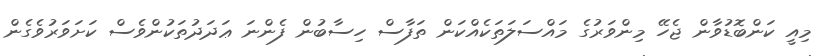
މިއީ ކަންބޮޑުވާން ޖެހޭ މިންވަރުގެ މައްސަލަތަކެއްކަން ތަފާސް ހިސާބުން ފެންނަ ޢަދަދުތަކުންވެސް ކަށަވަރުވެގެން